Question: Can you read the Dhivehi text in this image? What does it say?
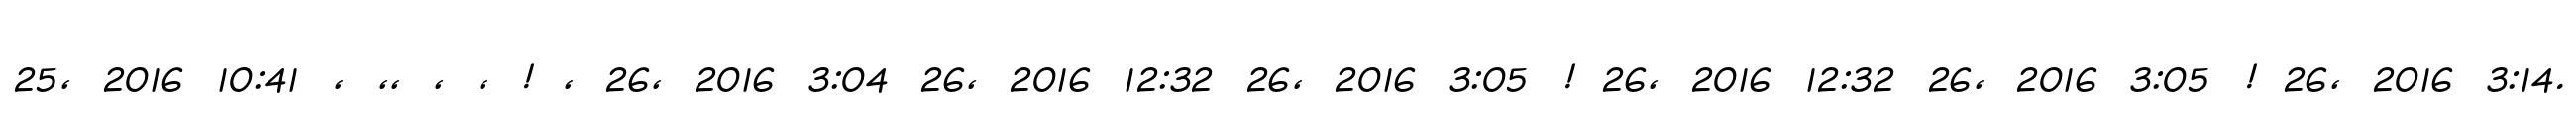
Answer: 25, 2016 10:41 , ,, , , ! , 26, 2016 3:04 26, 2016 12:32 26, 2016 3:05 ! 26, 2016 12:32 26, 2016 3:05 ! 26, 2016 3:14.